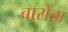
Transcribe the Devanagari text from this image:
बारोंडा